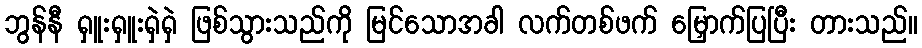
ဘွန်နီ ရှူးရှူးရှဲရှဲ ဖြစ်သွားသည်ကို မြင်သောအခါ လက်တစ်ဖက် မြှောက်ပြပြီး တားသည်။